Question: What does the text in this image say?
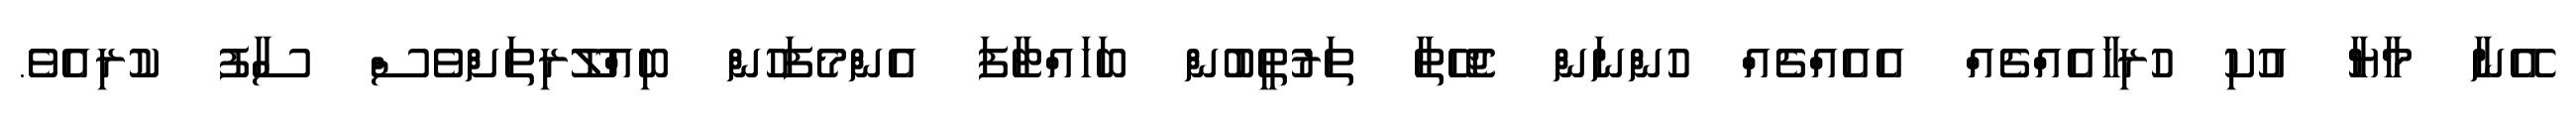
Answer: އޭނާ މާޔާ އުކި ހުރިހާއެއްޗެއް އެއެއްޗެއް ހުންނަން ޖެހޭތާ ތަރުތީބުން ބަހައްޓާފަ އެންމެފަހުން ބިއްލޫރިތަށްވެސް ސާފު ކުރިއެވެ.